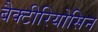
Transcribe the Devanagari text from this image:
बैक्टीरियोसिन